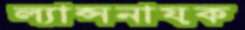
ল্যান্সনায়ক